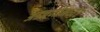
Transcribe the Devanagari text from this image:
अडचणीमध्येर